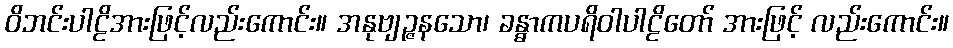
ဝိဘင်းပါဠိအားဖြင့်လည်းကောင်း။ အနုဗျဉ္ဇနသော၊ ခန္ဓာကပရိဝါပါဠိတော် အားဖြင့် လည်းကောင်း။